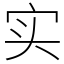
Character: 实